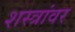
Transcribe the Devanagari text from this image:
शस्त्रांवर